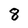
Character: 8